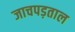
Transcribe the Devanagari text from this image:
जाचपड़ताल